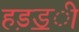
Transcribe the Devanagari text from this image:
हड़ॾी